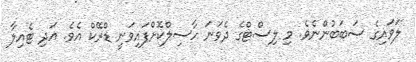
ލަވައިގެ ސަބަބުންނެވެ. މި ލިސްޓްގެ ދެވަނަ ހާސިލްކޮށްފައިވަނީ ޑްރޭކް އެވެ. އަދި ޓެއިލާ